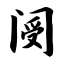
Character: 阌